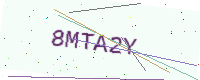
Text: 8MTA2Y